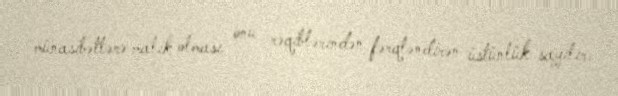
münasibətlərə malik olması onu rəqiblərindən fərqləndirən üstünlük sayılır.